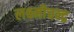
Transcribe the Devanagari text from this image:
लक्ष्मीचन्द्र